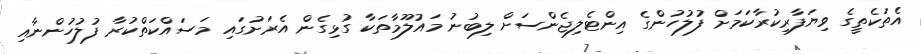
އެތަކެތީގެ ވިޔަފާރިކުރާކަމަށް ފުލުހުންގެ އިންޓެލިޖެންސަށް ލިބުނު މައުލޫމާތަކާ ގުޅިގެން އެރަށުގައި މަސައްކަތްކުރާ ފުލުހުންނާއި